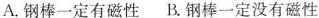
A.钢棒一定有磁性 B.钢棒一定没有磁性